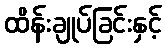
ထိန်းချုပ်ခြင်းနှင့်